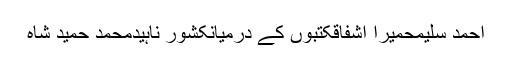
احمد سلیمحمیرا اشفاقکتبوں کے درمیانکشور ناہیدمحمد حمید شاہ